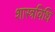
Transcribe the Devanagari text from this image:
शास्त्रविधि